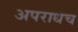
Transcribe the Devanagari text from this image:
अपराधच